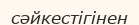
сәйкестігінен